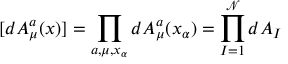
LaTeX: [ d A _ { \mu } ^ { a } ( x ) ] = { \prod _ { a , \mu , x _ { \alpha } } d A _ { \mu } ^ { a } ( x _ { \alpha } ) = { \prod _ { I = 1 } ^ { \mathcal { N } } d A _ { I } } }